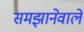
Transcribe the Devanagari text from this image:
समझानेवाले